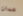
مدان